65_HS1-834228961_62-HQ-83894_Section_9
Agency: FBI
Page 178
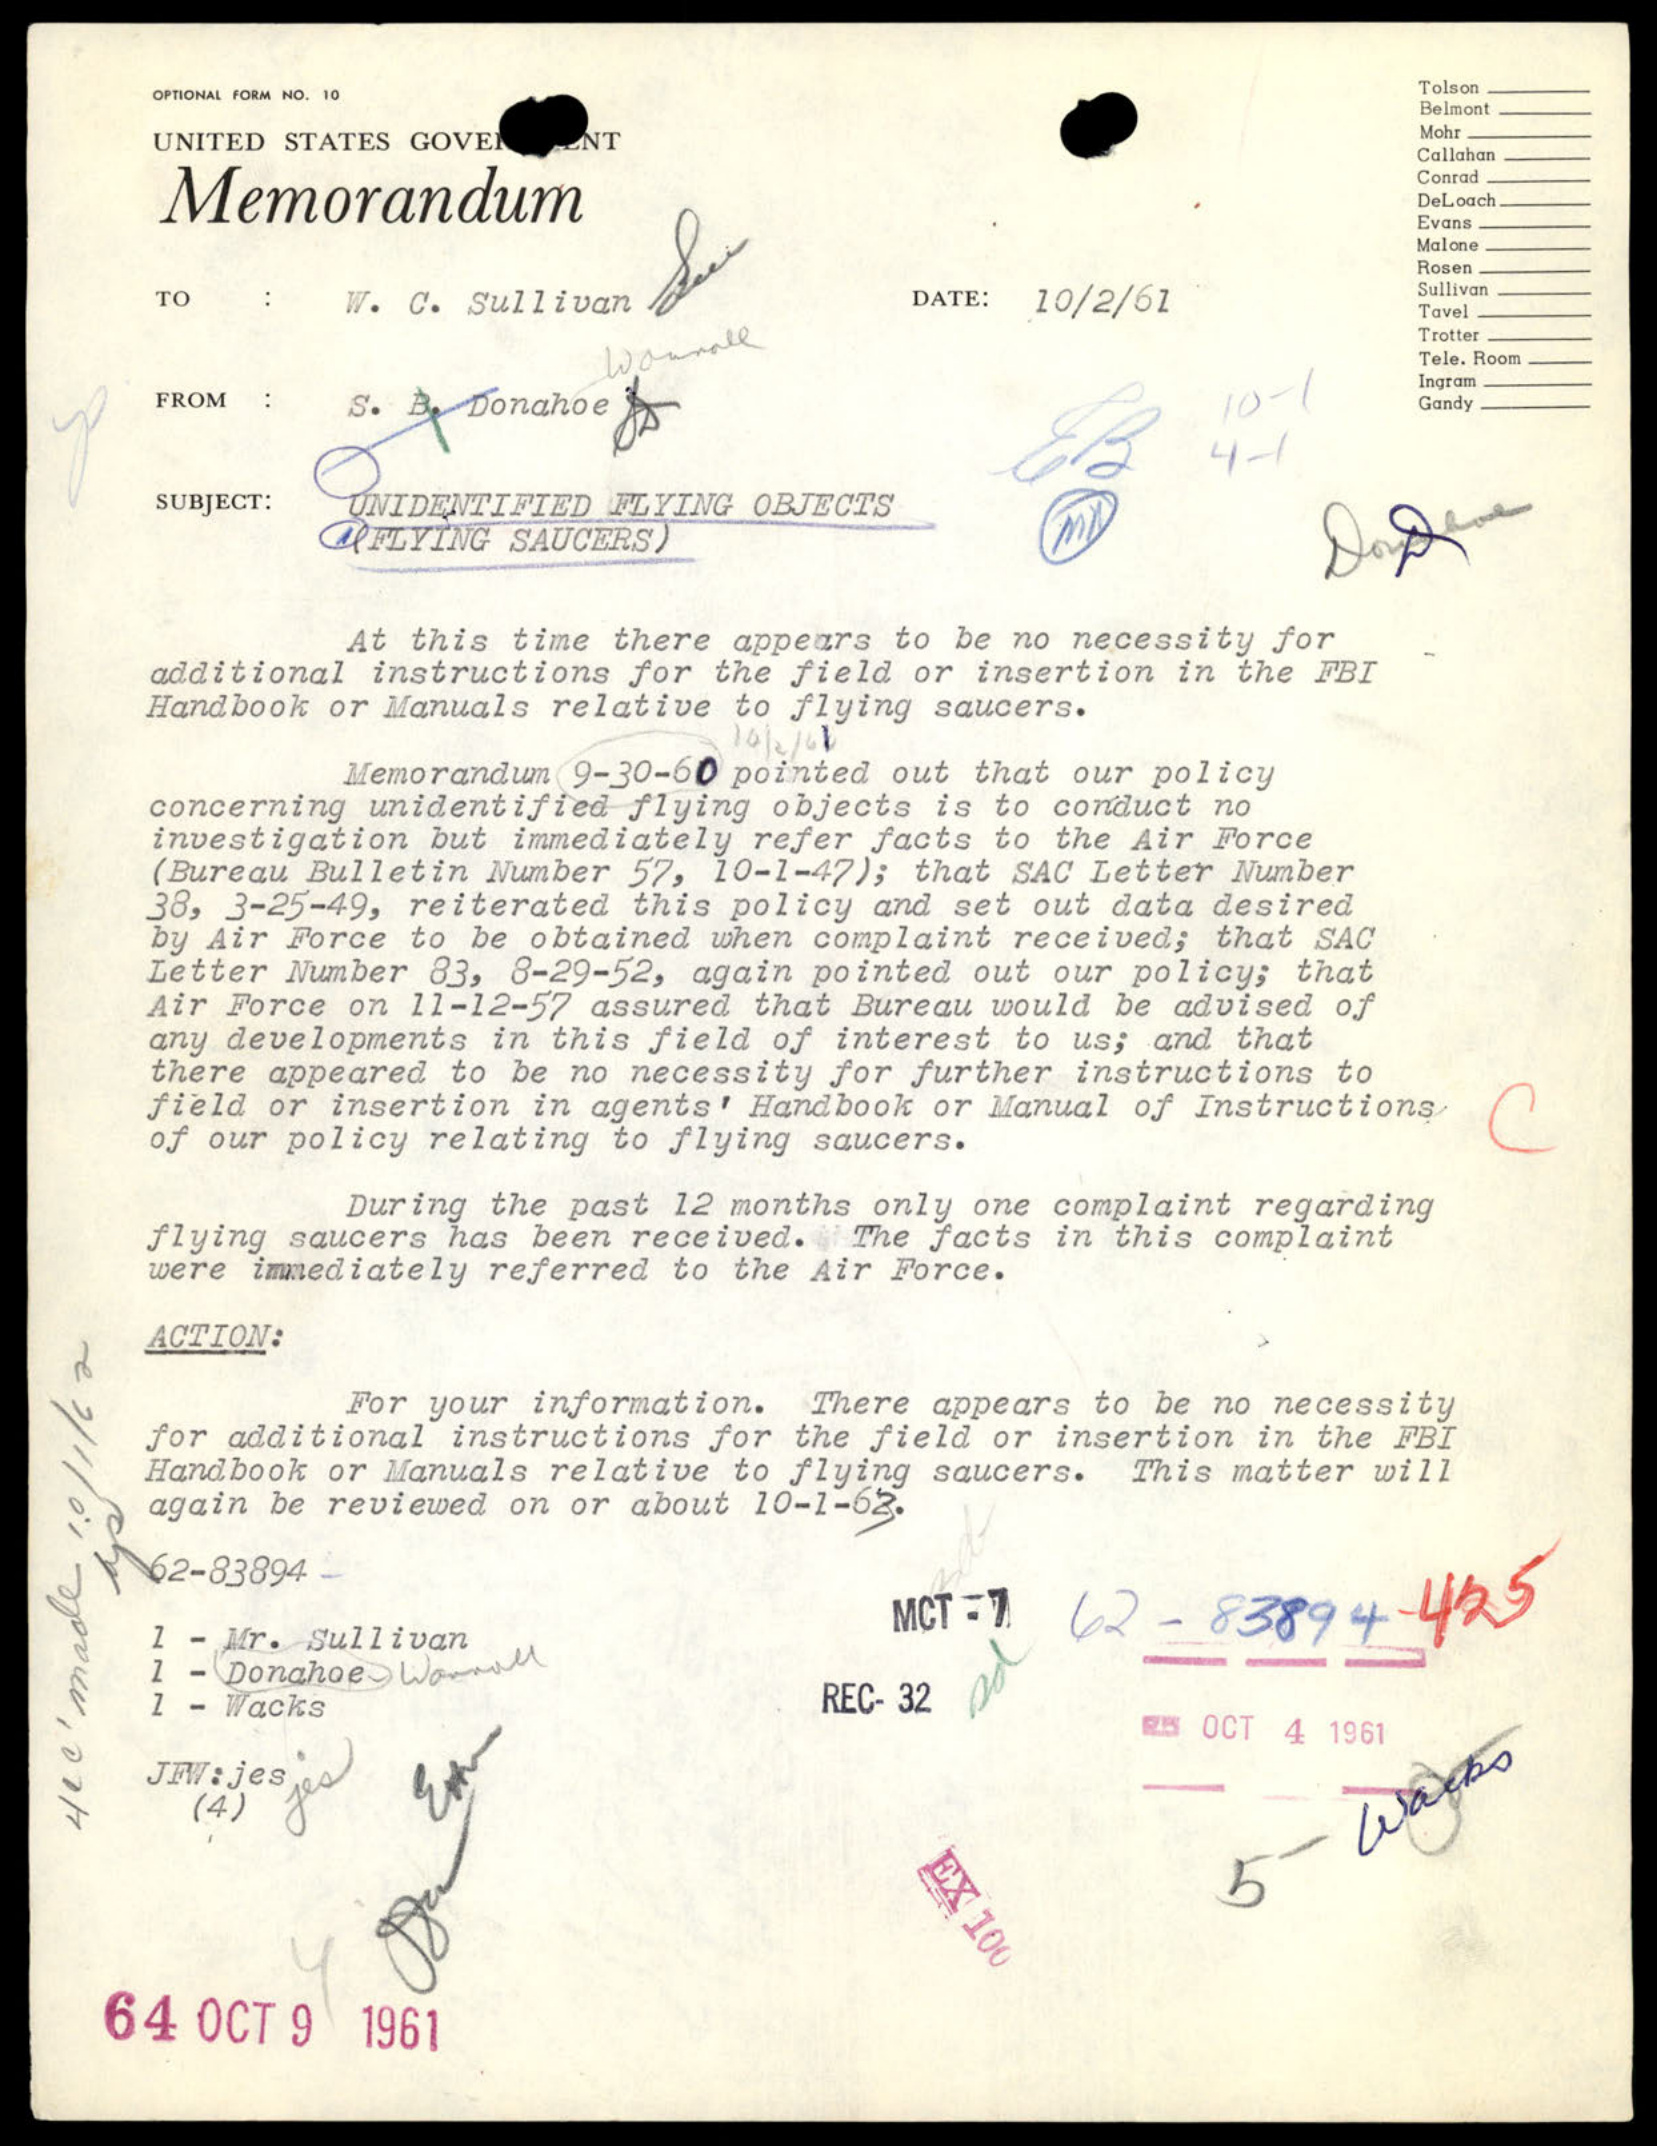